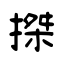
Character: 搩